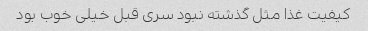
کیفیت غذا مثل گذشته نبود سری قبل خیلی خوب بود